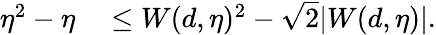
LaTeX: \begin{array}{rl}{\eta^{2}-\eta}&{{}\leq W(d,\eta)^{2}-\sqrt{2}|W(d,\eta)|.}\end{array}